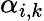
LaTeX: \alpha_{i,k}